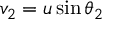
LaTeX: v _ { 2 } = u \sin \theta _ { 2 }